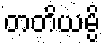
တတိယမ္ပိ